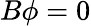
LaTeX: B\phi=0